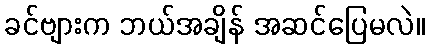
ခင်ဗျားက ဘယ်အချိန် အဆင်ပြေမလဲ။